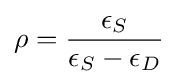
\rho ={\frac {\epsilon _{S}}{\epsilon _{S}-\epsilon _{D}}}\;